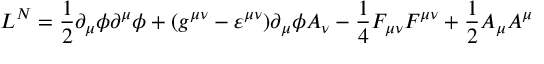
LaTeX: { \cal { L } } ^ { N } = \frac { 1 } { 2 } \partial _ { \mu } \phi \partial ^ { \mu } \phi + ( g ^ { \mu \nu } - \varepsilon ^ { \mu \nu } ) \partial _ { \mu } \phi A _ { \nu } - \frac { 1 } { 4 } F _ { \mu \nu } F ^ { \mu \nu } + \frac { 1 } { 2 } A _ { \mu } A ^ { \mu }